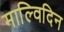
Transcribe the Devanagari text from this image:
माल्विदिन